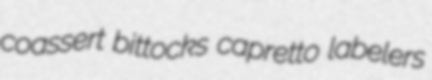
coassert bittocks capretto labelers